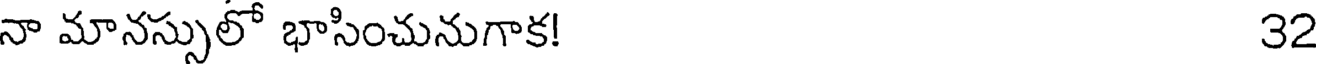
నా మానస్సులో భాసించునుగాక! ౩2